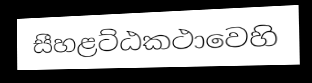
සීහළට්ඨකථාවෙහි